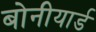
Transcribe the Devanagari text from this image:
बोनीयार्ड